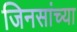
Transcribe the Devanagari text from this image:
जिनसांच्या